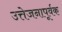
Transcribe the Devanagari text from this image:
उत्तेजनापूर्वक